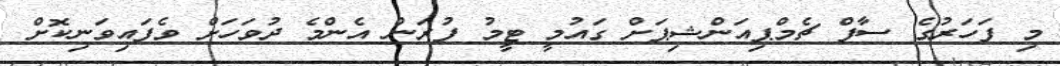
މި ފަހަރުގެ ސާފް ޗެމްޕިއަންޝިޕަށް ގައުމީ ޓީމު ފުރަން އެންމެ ދުވަހަށް ވެފައިވަނިކޮށް